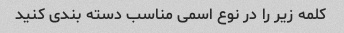
کلمه زیر را در نوع اسمی مناسب دسته بندی کنید